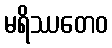
မရိဿတေဝ